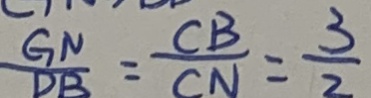
\frac { G N } { D B } = \frac { C B } { C N } = \frac { 3 } { 2 }